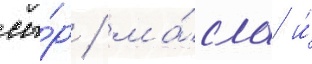
сы́р / ма́сло и́